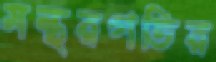
মন্থরগতির